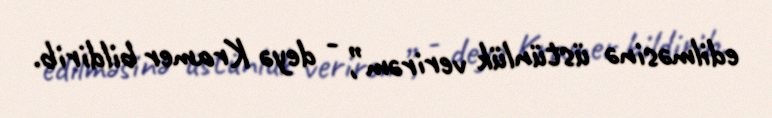
edilməsinə üstünlük verirəm”, - deyə Kramer bildirib.